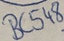
Text: BC548